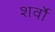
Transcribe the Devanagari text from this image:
शर्वो